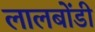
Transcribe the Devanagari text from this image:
लालबोंडी